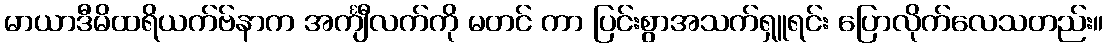
မာယာဒီမိထရိယက်ဗ်နာက အင်္ကျီလက်ကို မတင် ကာ ပြင်းစွာအသက်ရှူရင်း ပြောလိုက်လေသတည်း။